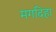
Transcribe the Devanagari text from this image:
मगदिहा